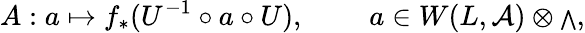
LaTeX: A:a\mapsto f_{*}(U^{-1}\circ a\circ U),\ \qquad a\in W(L,{\cal A})\otimes{\scriptstyle\bigwedge},